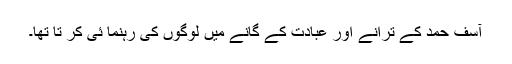
آسف حمد کے ترانے اور عبادت کے گانے میں لوگوں کی رہنما ئی کر تا تھا۔